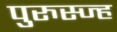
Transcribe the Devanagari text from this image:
पुरुस्ज्ह